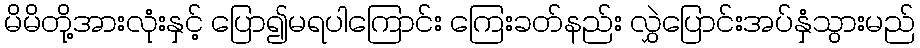
မိမိတို့အားလုံးနှင့် ပြော၍မရပါကြောင်း ကြေးခတ်နည်း လွှဲပြောင်းအပ်နှံသွားမည်